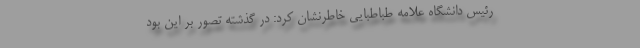
رئیس دانشگاه علامه طباطبایی خاطرنشان کرد: در گذشته تصور بر این بود